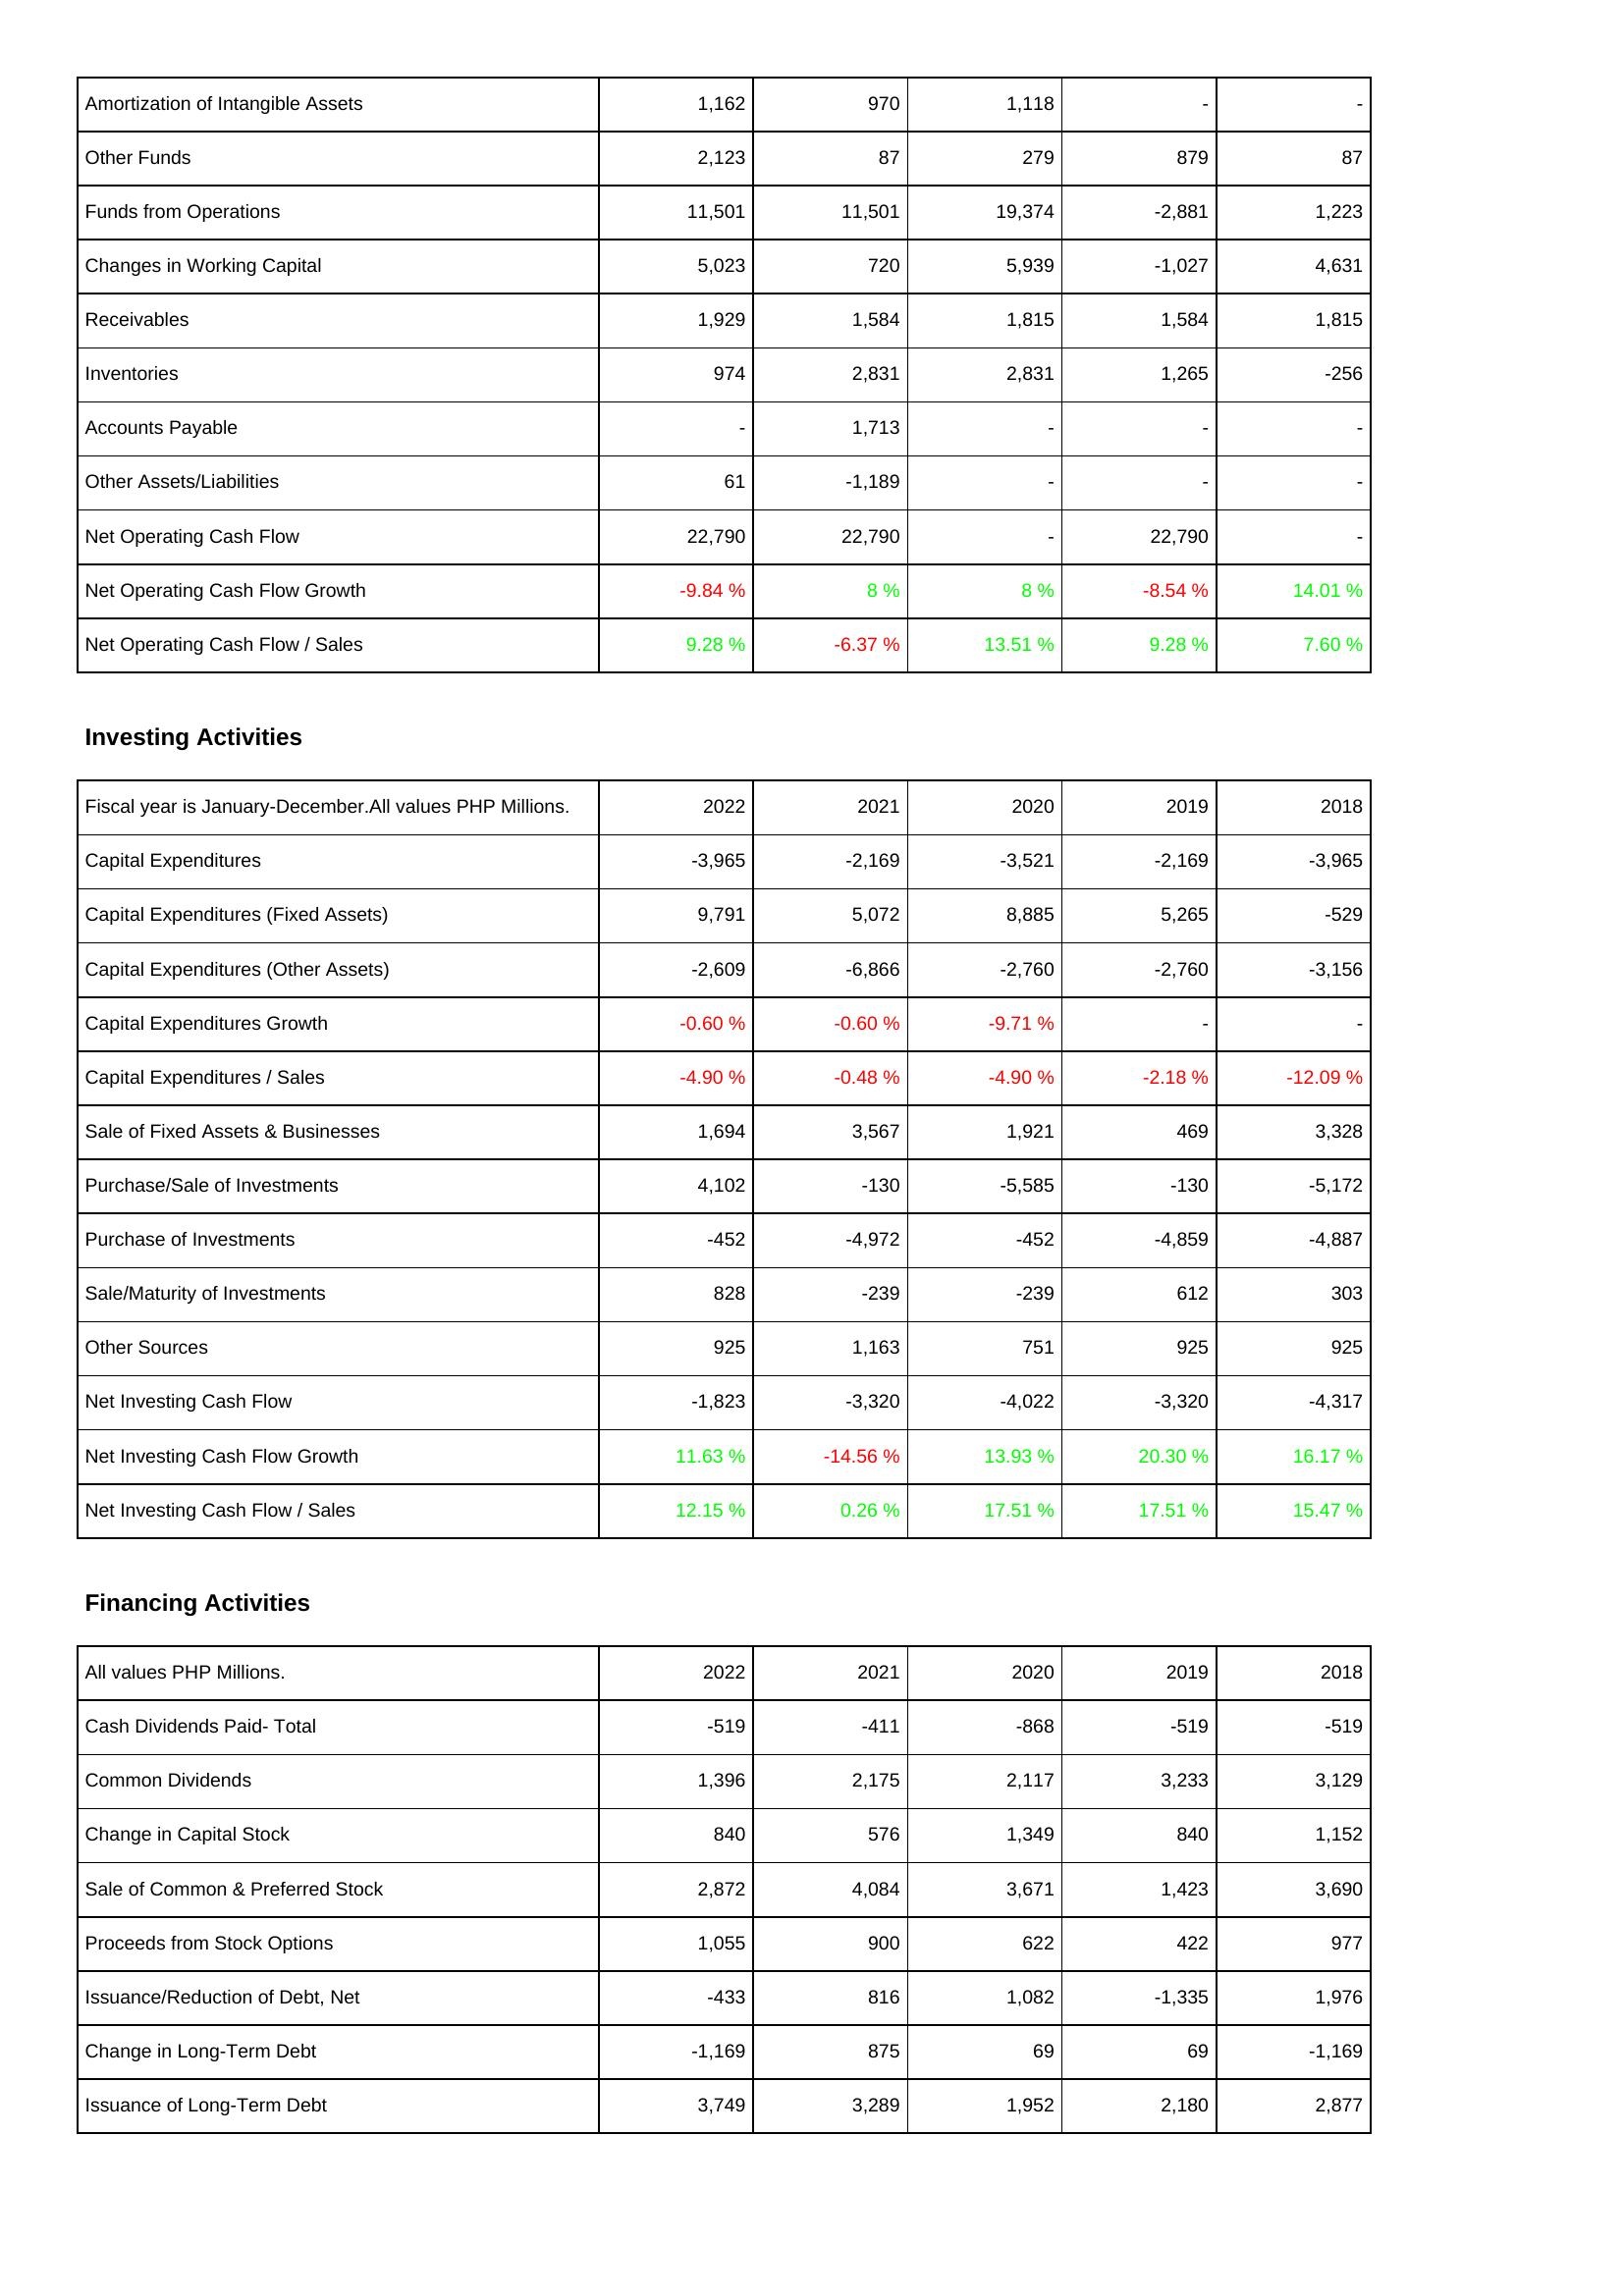
2022: Operating Activities: Amortization of Intangible Assets: 1,162
Other Funds: 2,123
Funds from Operations: 11,501
Changes in Working Capital: 5,023
Receivables: 1,929
Inventories: 974
Accounts Payable: -
Other Assets/Liabilities: 61
Net Operating Cash Flow: 22,790
Net Operating Cash Flow Growth: -9.84 %
Net Operating Cash Flow / Sales: 9.28 %
Investing Activities: Capital Expenditures: -3,965
Capital Expenditures (Fixed Assets): 9,791
Capital Expenditures (Other Assets): -2,609
Capital Expenditures Growth: -0.60 %
Capital Expenditures / Sales: -4.90 %
Sale of Fixed Assets & Businesses: 1,694
Purchase/Sale of Investments: 4,102
Purchase of Investments: -452
Sale/Maturity of Investments: 828
Other Sources: 925
Net Investing Cash Flow: -1,823
Net Investing Cash Flow Growth: 11.63 %
Net Investing Cash Flow / Sales: 12.15 %
Financing Activities: Cash Dividends Paid- Total: -519
Common Dividends: 1,396
Change in Capital Stock: 840
Sale of Common & Preferred Stock: 2,872
Proceeds from Stock Options: 1,055
Issuance/Reduction of Debt, Net: -433
Change in Long-Term Debt: -1,169
Issuance of Long-Term Debt: 3,749
2021: Operating Activities: Amortization of Intangible Assets: 970
Other Funds: 87
Funds from Operations: 11,501
Changes in Working Capital: 720
Receivables: 1,584
Inventories: 2,831
Accounts Payable: 1,713
Other Assets/Liabilities: -1,189
Net Operating Cash Flow: 22,790
Net Operating Cash Flow Growth: 8 %
Net Operating Cash Flow / Sales: -6.37 %
Investing Activities: Capital Expenditures: -2,169
Capital Expenditures (Fixed Assets): 5,072
Capital Expenditures (Other Assets): -6,866
Capital Expenditures Growth: -0.60 %
Capital Expenditures / Sales: -0.48 %
Sale of Fixed Assets & Businesses: 3,567
Purchase/Sale of Investments: -130
Purchase of Investments: -4,972
Sale/Maturity of Investments: -239
Other Sources: 1,163
Net Investing Cash Flow: -3,320
Net Investing Cash Flow Growth: -14.56 %
Net Investing Cash Flow / Sales: 0.26 %
Financing Activities: Cash Dividends Paid- Total: -411
Common Dividends: 2,175
Change in Capital Stock: 576
Sale of Common & Preferred Stock: 4,084
Proceeds from Stock Options: 900
Issuance/Reduction of Debt, Net: 816
Change in Long-Term Debt: 875
Issuance of Long-Term Debt: 3,289
2020: Operating Activities: Amortization of Intangible Assets: 1,118
Other Funds: 279
Funds from Operations: 19,374
Changes in Working Capital: 5,939
Receivables: 1,815
Inventories: 2,831
Accounts Payable: -
Other Assets/Liabilities: -
Net Operating Cash Flow: -
Net Operating Cash Flow Growth: 8 %
Net Operating Cash Flow / Sales: 13.51 %
Investing Activities: Capital Expenditures: -3,521
Capital Expenditures (Fixed Assets): 8,885
Capital Expenditures (Other Assets): -2,760
Capital Expenditures Growth: -9.71 %
Capital Expenditures / Sales: -4.90 %
Sale of Fixed Assets & Businesses: 1,921
Purchase/Sale of Investments: -5,585
Purchase of Investments: -452
Sale/Maturity of Investments: -239
Other Sources: 751
Net Investing Cash Flow: -4,022
Net Investing Cash Flow Growth: 13.93 %
Net Investing Cash Flow / Sales: 17.51 %
Financing Activities: Cash Dividends Paid- Total: -868
Common Dividends: 2,117
Change in Capital Stock: 1,349
Sale of Common & Preferred Stock: 3,671
Proceeds from Stock Options: 622
Issuance/Reduction of Debt, Net: 1,082
Change in Long-Term Debt: 69
Issuance of Long-Term Debt: 1,952
2019: Operating Activities: Amortization of Intangible Assets: -
Other Funds: 879
Funds from Operations: -2,881
Changes in Working Capital: -1,027
Receivables: 1,584
Inventories: 1,265
Accounts Payable: -
Other Assets/Liabilities: -
Net Operating Cash Flow: 22,790
Net Operating Cash Flow Growth: -8.54 %
Net Operating Cash Flow / Sales: 9.28 %
Investing Activities: Capital Expenditures: -2,169
Capital Expenditures (Fixed Assets): 5,265
Capital Expenditures (Other Assets): -2,760
Capital Expenditures Growth: -
Capital Expenditures / Sales: -2.18 %
Sale of Fixed Assets & Businesses: 469
Purchase/Sale of Investments: -130
Purchase of Investments: -4,859
Sale/Maturity of Investments: 612
Other Sources: 925
Net Investing Cash Flow: -3,320
Net Investing Cash Flow Growth: 20.30 %
Net Investing Cash Flow / Sales: 17.51 %
Financing Activities: Cash Dividends Paid- Total: -519
Common Dividends: 3,233
Change in Capital Stock: 840
Sale of Common & Preferred Stock: 1,423
Proceeds from Stock Options: 422
Issuance/Reduction of Debt, Net: -1,335
Change in Long-Term Debt: 69
Issuance of Long-Term Debt: 2,180
2018: Operating Activities: Amortization of Intangible Assets: -
Other Funds: 87
Funds from Operations: 1,223
Changes in Working Capital: 4,631
Receivables: 1,815
Inventories: -256
Accounts Payable: -
Other Assets/Liabilities: -
Net Operating Cash Flow: -
Net Operating Cash Flow Growth: 14.01 %
Net Operating Cash Flow / Sales: 7.60 %
Investing Activities: Capital Expenditures: -3,965
Capital Expenditures (Fixed Assets): -529
Capital Expenditures (Other Assets): -3,156
Capital Expenditures Growth: -
Capital Expenditures / Sales: -12.09 %
Sale of Fixed Assets & Businesses: 3,328
Purchase/Sale of Investments: -5,172
Purchase of Investments: -4,887
Sale/Maturity of Investments: 303
Other Sources: 925
Net Investing Cash Flow: -4,317
Net Investing Cash Flow Growth: 16.17 %
Net Investing Cash Flow / Sales: 15.47 %
Financing Activities: Cash Dividends Paid- Total: -519
Common Dividends: 3,129
Change in Capital Stock: 1,152
Sale of Common & Preferred Stock: 3,690
Proceeds from Stock Options: 977
Issuance/Reduction of Debt, Net: 1,976
Change in Long-Term Debt: -1,169
Issuance of Long-Term Debt: 2,877